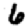
Digit: 6